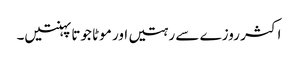
اکثر روزے سے رہتیں اور موٹا جوتا پہنتیں۔